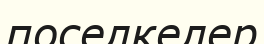
поселкелер